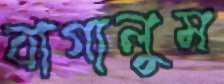
বাগালুম